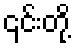
၎င်းတို့